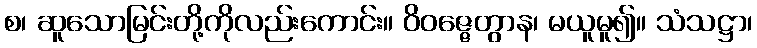
စ၊ ဆူသောမြင်းတို့ကိုလည်းကောင်း။ ဝိဝဇ္ဇေတွာန၊ မယူမူ၍။ သံသဋ္ဌာ၊